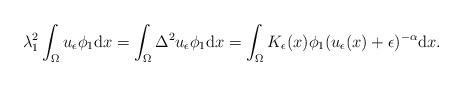
LaTeX: \begin{align*}\lambda_1^2\int_{\Omega}u_\epsilon\phi_1{\rm d}x=\int_{\Omega}\Delta^2u_\epsilon\phi_1{\rm d}x=\int_{\Omega}K_\epsilon(x)\phi_1 (u_\epsilon(x)+\epsilon)^{-\alpha}{\rm d}x. \end{align*}